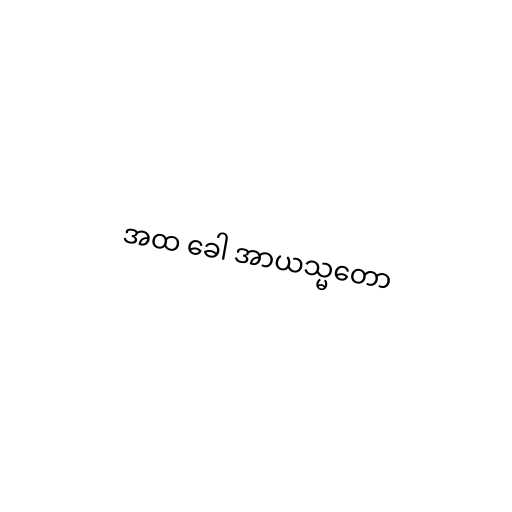
အထ ခေါ အာယသ္မတော